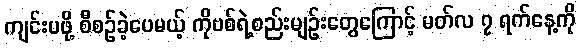
ကျင်းပဖို့ စီစဉ်ခဲ့ပေမယ့် ကိုဗစ်ရဲ့စည်းမျဉ်းတွေကြောင့် မတ်လ ၇ ရက်နေ့ကို